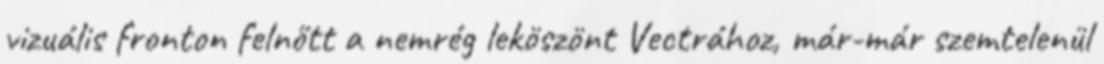
vizuális fronton felnőtt a nemrég leköszönt Vectrához, már-már szemtelenül